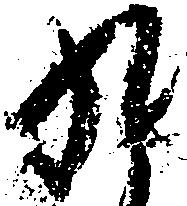
九